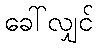
ခေါ်လျှင်